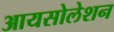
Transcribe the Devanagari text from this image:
आयसोलेशन